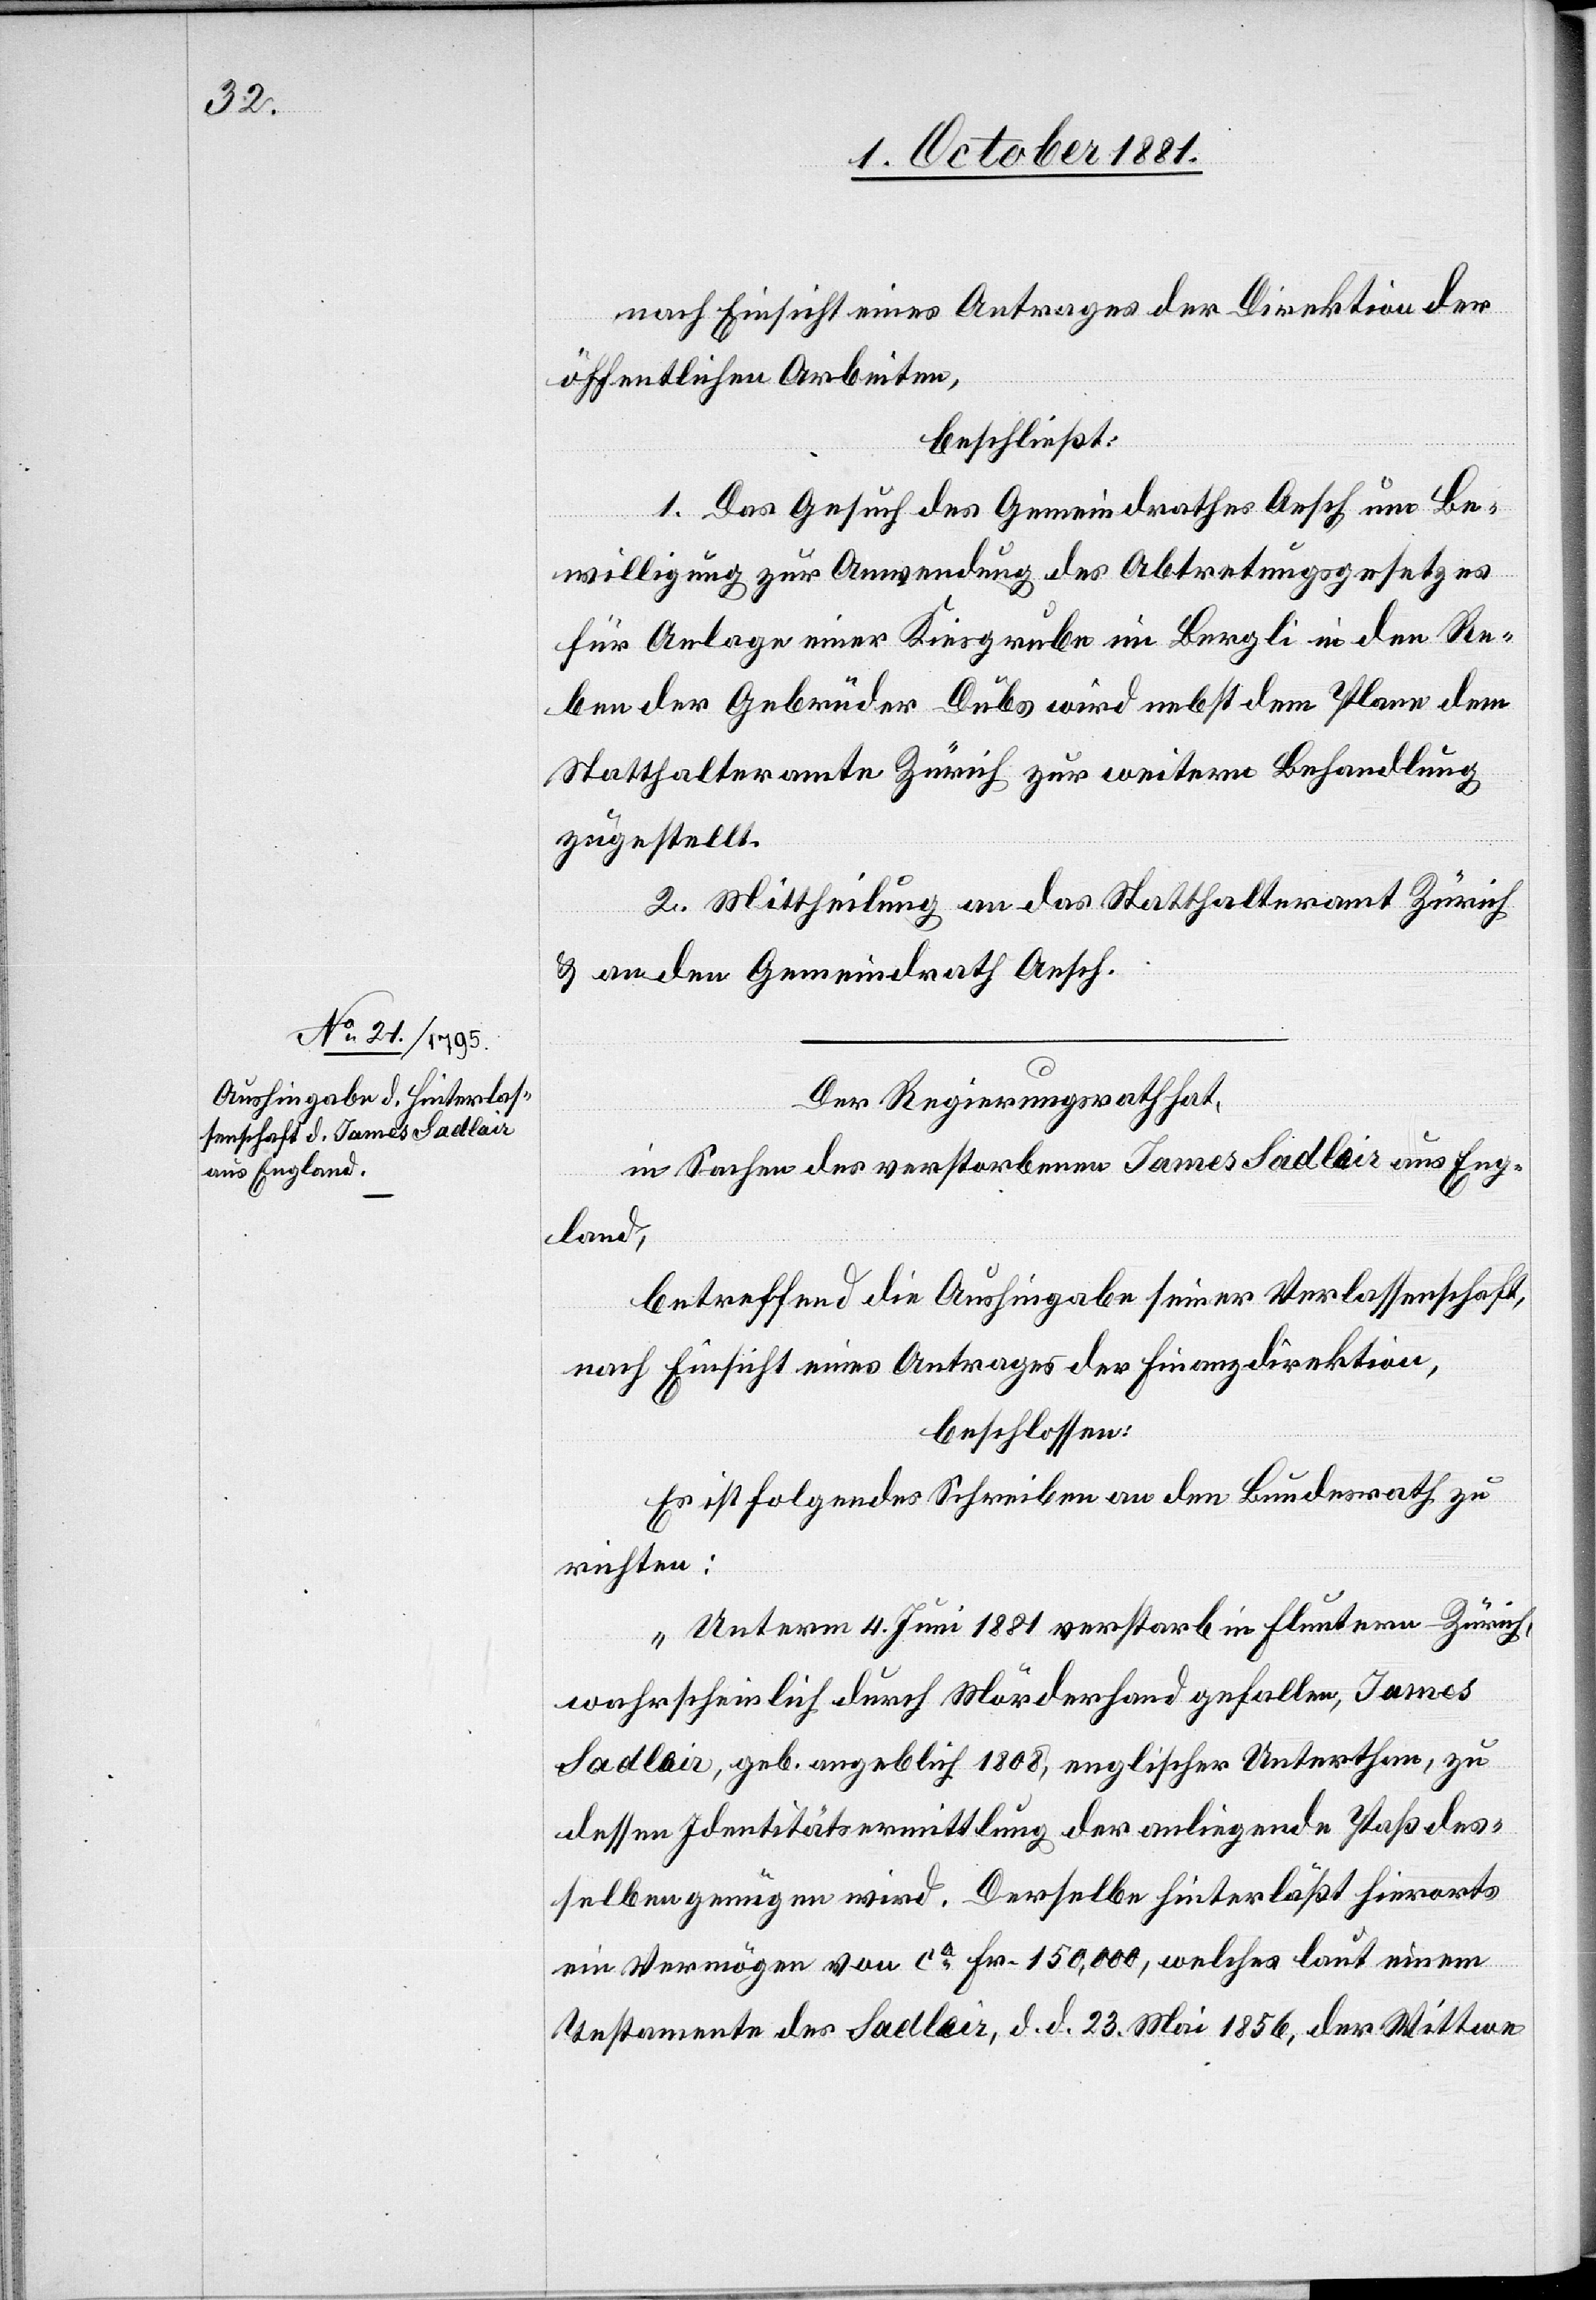
nach Einsicht eines Antrages der Direktion der
öffentlichen Arbeiten,
beschließt:
1. Das Gesuch des Gemeindrathes Aesch um Be¬
willigung zur Anwendung des Abtretungsgesetzes
für Anlage einer Kiesgrube im Bergli in den Re¬
ben der Gebrüder Dubs wird nebst dem Plane dem
Statthalteramte Zürich zur weitern Behandlung
zugestellt.
2. Mittheilung an das Statthalteramt Zürich
& an den Gemeindrath Aesch.
Der Regierungsrath hat,
in Sachen des verstorbenen James Sadlair aus Eng¬
land,
betreffend die Aushingabe seiner Verlassenschaft,
nach Einsicht eines Antrages der Finanzdirektion,
beschlossen:
Es ist folgendes Schreiben an den Bundesrath zu
richten:
„Unterm 4. Juni 1881 verstarb in Fluntern - Zürich,
wahrscheinlich durch Mörderhand gefallen, James
Sadlair, geb. angeblich 1808, englischer Unterthan, zu
dessen Identitätsermittlung der anliegende Paß des¬
selben genügen wird. Derselbe hinterläßt hierorts
ein Vermögen von ca Fr. 150,000, welches laut einem
Testamente des Sadlair, d. d. 23. Mai 1856, der Wittwe